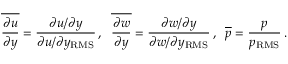
\overline { { \frac { \partial u } { \partial y } } } = \frac { \partial u / \partial y } { \partial u / \partial y _ { \mathrm { R M S } } } \, , \; \; \overline { { \frac { \partial w } { \partial y } } } = \frac { \partial w / \partial y } { \partial w / \partial y _ { \mathrm { R M S } } } \, , \; \; \overline { { p } } = \frac { p } { p _ { \mathrm { R M S } } } \, .